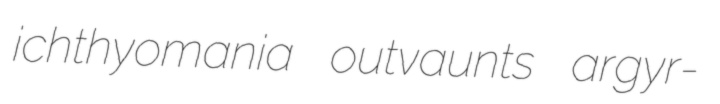
ichthyomania outvaunts argyr-